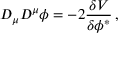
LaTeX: { \cal D } _ { \mu } { \cal D } ^ { \mu } \phi = - 2 { \frac { \delta V } { \delta \phi ^ { * } } } \, ,